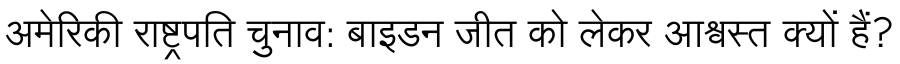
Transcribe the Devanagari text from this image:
अमेरिकी राष्ट्रपति चुनाव: बाइडन जीत को लेकर आश्वस्त क्यों हैं?